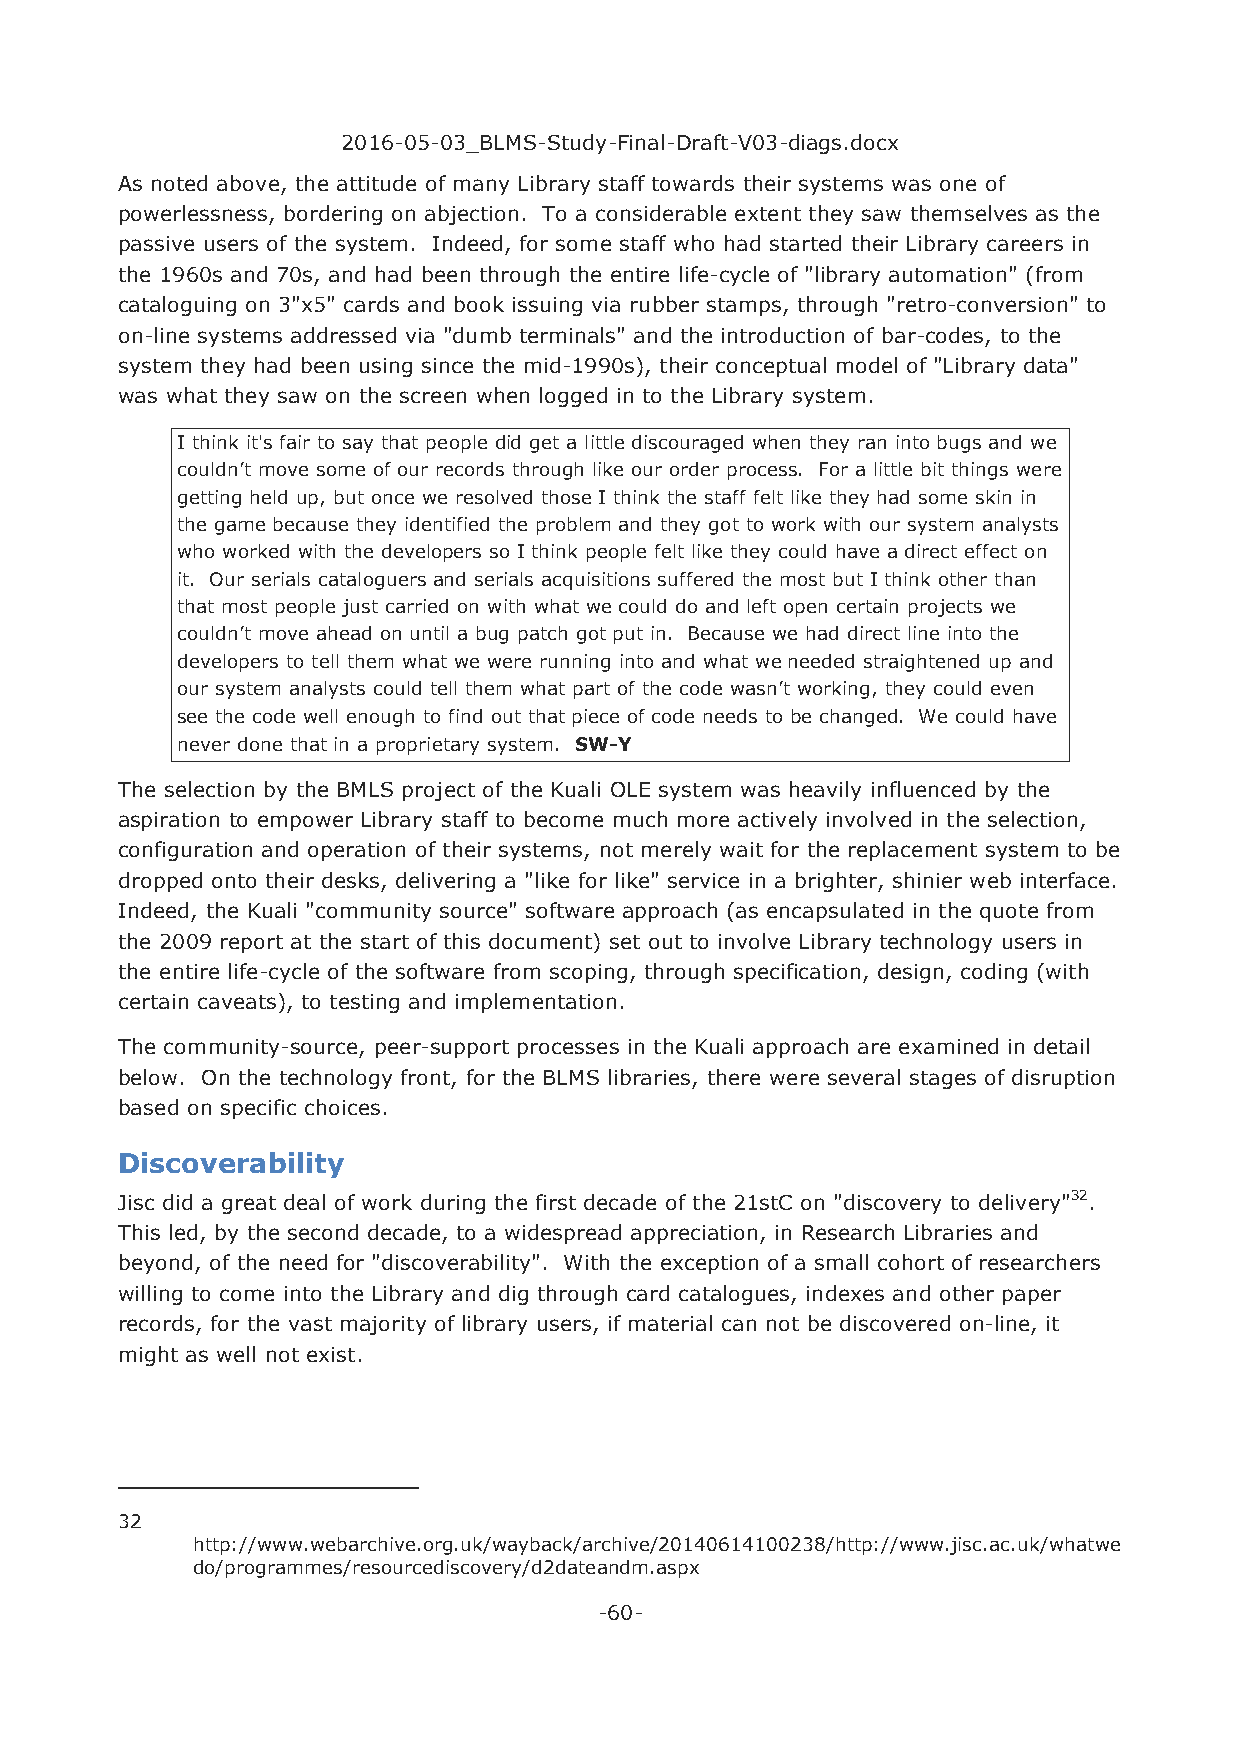
2016-05-03_BLMS-Study-Final-Draft-V03-diags.docx
 As noted above, the attitude of many Library staff towards their systems was one of
 powerlessness, bordering on abjection. To a considerable extent they saw themselves as the
 passive users of the system. Indeed, for some staff who had started their Library careers in
 the 1960s and 70s, and had been through the entire life-cycle of "library automation" (from
 cataloguing on 3"x5" cards and book issuing via rubber stamps, through "retro-conversion" to
 on-line systems addressed via "dumb terminals" and the introduction of bar-codes, to the
 system they had been using since the mid-1990s), their conceptual model of "Library data"
 was what they saw on the screen when logged in to the Library system.
 I think it's fair to say that people did get a little discouraged when they ran into bugs and we
 couldn’t move some of our records through like our order process. For a little bit things were
 getting held up, but once we resolved those I think the staff felt like they had some skin in
 the game because they identified the problem and they got to work with our system analysts
 who worked with the developers so I think people felt like they could have a direct effect on
 it. Our serials cataloguers and serials acquisitions suffered the most but I think other than
 that most people just carried on with what we could do and left open certain projects we
 couldn’t move ahead on until a bug patch got put in. Because we had direct line into the
 developers to tell them what we were running into and what we needed straightened up and
 our system analysts could tell them what part of the code wasn’t working, they could even
 see the code well enough to find out that piece of code needs to be changed. We could have
 never done that in a proprietary system. SW-Y
 The selection by the BMLS project of the Kuali OLE system was heavily influenced by the
 aspiration to empower Library staff to become much more actively involved in the selection,
 configuration and operation of their systems, not merely wait for the replacement system to be
 dropped onto their desks, delivering a "like for like" service in a brighter, shinier web interface.
 Indeed, the Kuali "community source" software approach (as encapsulated in the quote from
 the 2009 report at the start of this document) set out to involve Library technology users in
 the entire life-cycle of the software from scoping, through specification, design, coding (with
 certain caveats), to testing and implementation.
 The community-source, peer-support processes in the Kuali approach are examined in detail
 below. On the technology front, for the BLMS libraries, there were several stages of disruption
 based on specific choices.
 Discoverability
 Jisc did a great deal of work during the first decade of the 21stC on "discovery to delivery"32.
 This led, by the second decade, to a widespread appreciation, in Research Libraries and
 beyond, of the need for "discoverability". With the exception of a small cohort of researchers
 willing to come into the Library and dig through card catalogues, indexes and other paper
 records, for the vast majority of library users, if material can not be discovered on-line, it
 might as well not exist.
 32
 http://www.webarchive.org.uk/wayback/archive/20140614100238/http://www.jisc.ac.uk/whatwe
 do/programmes/resourcediscovery/d2dateandm.aspx
 -60-